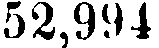
52,994